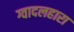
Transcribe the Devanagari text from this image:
ग्वादलहारा